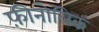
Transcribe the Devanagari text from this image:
फ़ीनोलिक